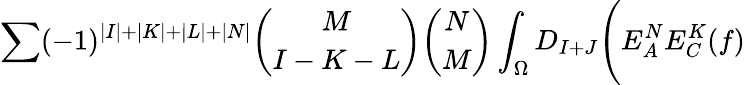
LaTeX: \sum(-1)^{\vert I\vert+\vert K\vert+\vert L\vert+\vert N\vert}{\binom{M}{I-K-L}}{\binom{N}{M}}\int_{\Omega}D_{I+J}\Biggl(E_{A}^{N}E_{C}^{K}(f)